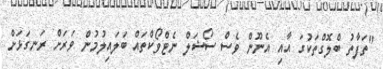
"ތަފާތު ބްލޮގްތަކުގަ އާއި އެނޫން ވެސް ސޯޝަލް ނެޓްވޯކްތައް ބަލައިލުމުން ވަރަށް ރަނގަޅަށް